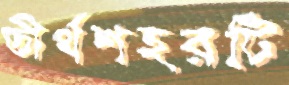
তীর্থশহরটি